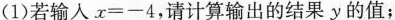
(1)若输入x=-4，请计算输出的结果y的值；